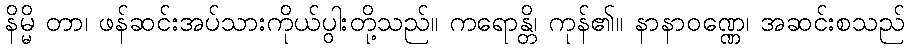
နိမ္မိ တာ၊ ဖန်ဆင်းအပ်သားကိုယ်ပွါးတို့သည်။ ကရောန္တိ၊ ကုန်၏။ နာနာဝဏ္ဏေ၊ အဆင်းစသည်